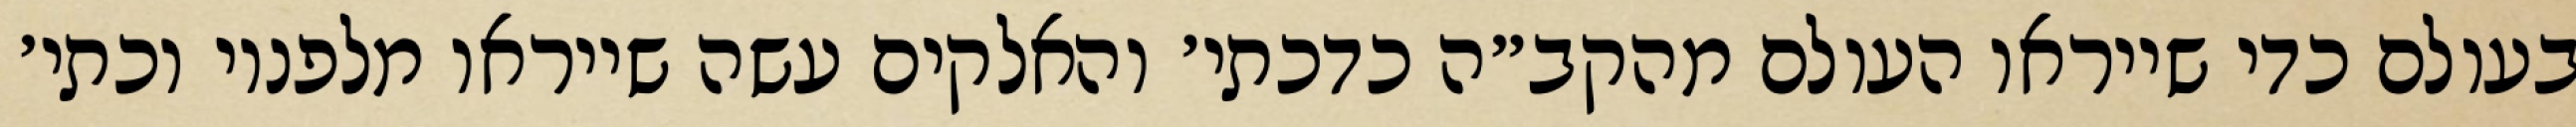
בעולם כדי שייראו העולם מהקב״ה כדכתי׳ והאלקים עשה שייראו מלפניו וכתי׳